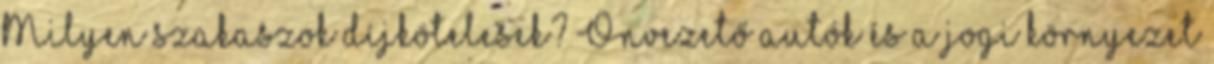
Milyen szakaszok díjkötelesek? Önvezető autók és a jogi környezet